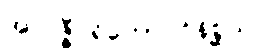
အလဇ္ဇီပရိဘောဂဝိနိစ္ဆယ။